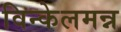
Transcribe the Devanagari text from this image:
विन्केलमन्न